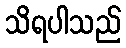
သိရပါသည်